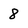
Character: 8